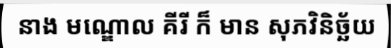
នាង មណ្ឌោល គីរី ក៏ មាន សុភវិនិច្ឆ័យ